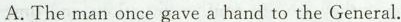
A.The man once gave a hand to the General.